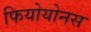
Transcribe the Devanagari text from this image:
फियोयोनस